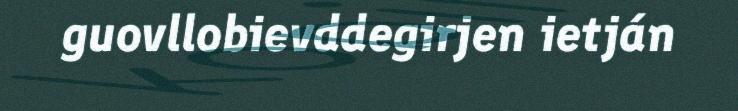
guovllobievddegirjen ietján